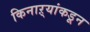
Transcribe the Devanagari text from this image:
किनाऱ्यांकडून